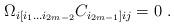
LaTeX: \begin{align*}\Omega_{i[i_1\dots i_{2m-2}}C_{i_{2m-1}]ij}=0\ . \end{align*}